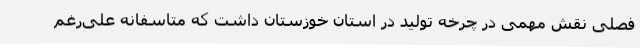
فصلی نقش مهمی در چرخه تولید در استان خوزستان داشت که متاسفانه علی‌رغم